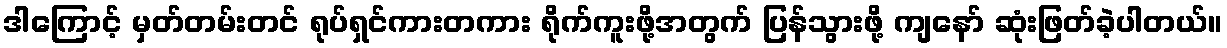
ဒါကြောင့် မှတ်တမ်းတင် ရုပ်ရှင်ကားတကား ရိုက်ကူးဖို့အတွက် ပြန်သွားဖို့ ကျနော် ဆုံးဖြတ်ခဲ့ပါတယ်။